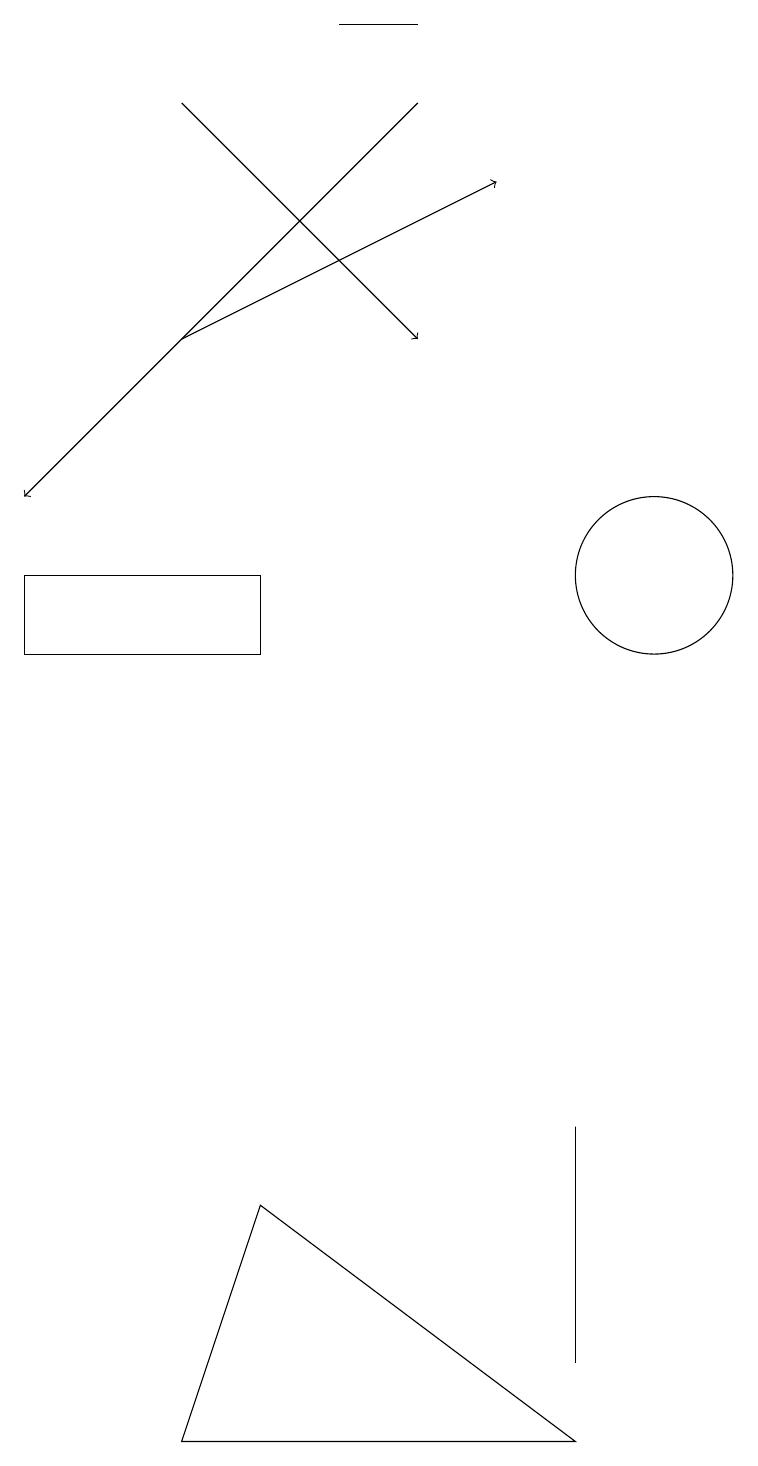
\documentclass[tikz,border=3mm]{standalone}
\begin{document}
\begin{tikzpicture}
\draw (9,1) -- (9,4) -- (9,4) -- cycle;
\draw[->] (7,17) -- (2,12);
\draw (10,11) circle (1);
\draw (2,10) rectangle (5,11);
\draw (6,18) rectangle (7,18);
\draw (9,0) -- (4,0) -- (5,3) -- cycle;
\draw[->] (4,14) -- (8,16);
\draw[->] (4,17) -- (7,14);
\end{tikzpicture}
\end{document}